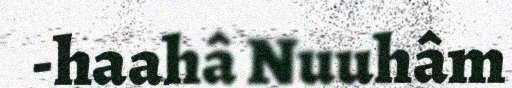
-haahâ Nuuhâm